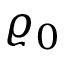
\varrho _ { 0 }